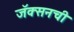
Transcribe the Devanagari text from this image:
जॅक्सनची